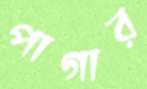
পাগার